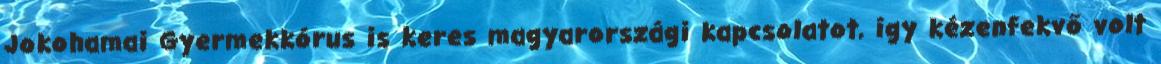
Jokohamai Gyermekkórus is keres magyarországi kapcsolatot, így kézenfekvő volt